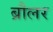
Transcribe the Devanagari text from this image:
ब्रौलर